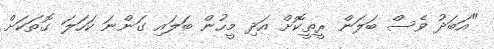
"އަބަދު ވެސް ބަލަން ރީތީކޮށް އަދި މީހުން ބަލައި ގަންނަ ކަހަލަ ގޮތަކަށް